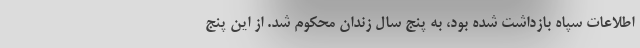
اطلاعات سپاه بازداشت شده بود، به پنج سال زندان محکوم شد. از این پنج